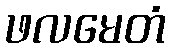
ဖလမေတံ